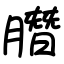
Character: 䐶